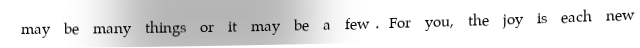
may be many things or it may be a few. For you, the joy is each new